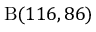
\mathrm { B } ( 1 1 6 , 8 6 )